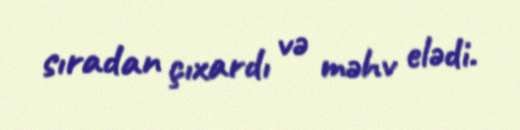
sıradan çıxardı və məhv elədi.